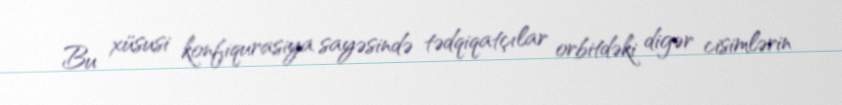
Bu xüsusi konfiqurasiya sayəsində tədqiqatçılar orbitdəki digər cisimlərin